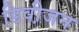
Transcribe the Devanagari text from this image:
डिवी़जन